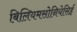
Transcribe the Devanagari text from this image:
बिलियमसोनियेसिई